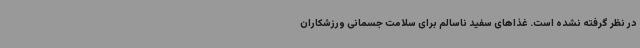
در نظر گرفته نشده است. غذاهای سفید ناسالم برای سلامت جسمانی ورزشکاران